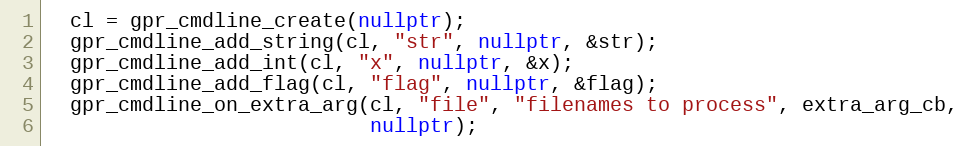
Language: C++
  cl = gpr_cmdline_create(nullptr);
  gpr_cmdline_add_string(cl, "str", nullptr, &str);
  gpr_cmdline_add_int(cl, "x", nullptr, &x);
  gpr_cmdline_add_flag(cl, "flag", nullptr, &flag);
  gpr_cmdline_on_extra_arg(cl, "file", "filenames to process", extra_arg_cb,
                           nullptr);